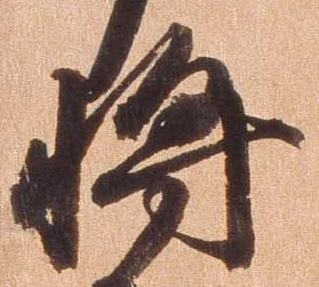
将